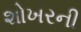
શોખરની